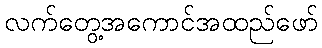
လက်တွေ့အကောင်အထည်ဖော်